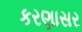
કરણાસર